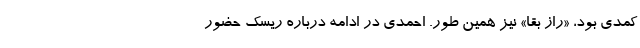
کمدی بود، «راز بقا» نیز همین طور. احمدی در ادامه درباره ریسک حضور